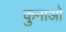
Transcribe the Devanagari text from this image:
कुनाओ